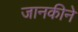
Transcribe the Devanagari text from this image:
जानकीने